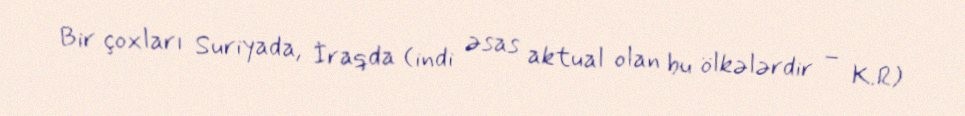
Bir çoxları Suriyada, İraqda (indi əsas aktual olan bu ölkələrdir – K.R)